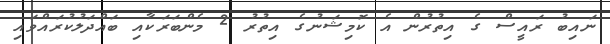
ނައިބު ރައީސް ގެ އިތުރުން އެ ކޮމިޝަނުގެ އިތުރު 2 މެންބަރަކާއި ބައްދަލުކުރައްވައި